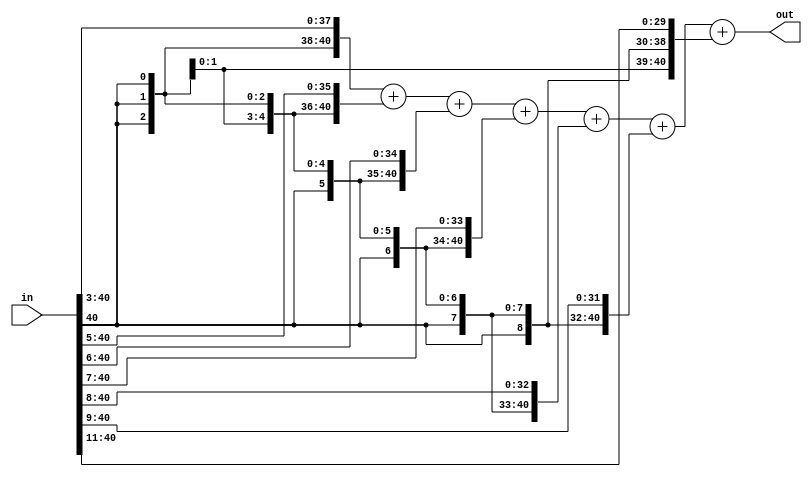
module c2_512(in,out);
input[40:0]in;
output[40:0]out;

wire[40:0]in_1;
wire[40:0]in_2;
wire[40:0]in_3;
wire[40:0]in_4;
wire[40:0]in_5;
wire[40:0]in_6;
wire[40:0]in_7;

assign in_1[40:0]={{3{in[40]}},in[40:3]};//>>3
assign in_2[40:0]={{5{in[40]}},in[40:5]};//>>5
assign in_3[40:0]={{6{in[40]}},in[40:6]};//>>6
assign in_4[40:0]={{7{in[40]}},in[40:7]};//>>7
assign in_5[40:0]={{8{in[40]}},in[40:8]};//>>8
assign in_6[40:0]={{9{in[40]}},in[40:9]};//>>9
assign in_7[40:0]={{11{in[40]}},in[40:11]};//>>11

assign  out[40:0]=in_1[40:0]+in_2[40:0]+in_3[40:0]+in_4[40:0]+in_5[40:0]+in_6[40:0]+in_7[40:0];

endmodule